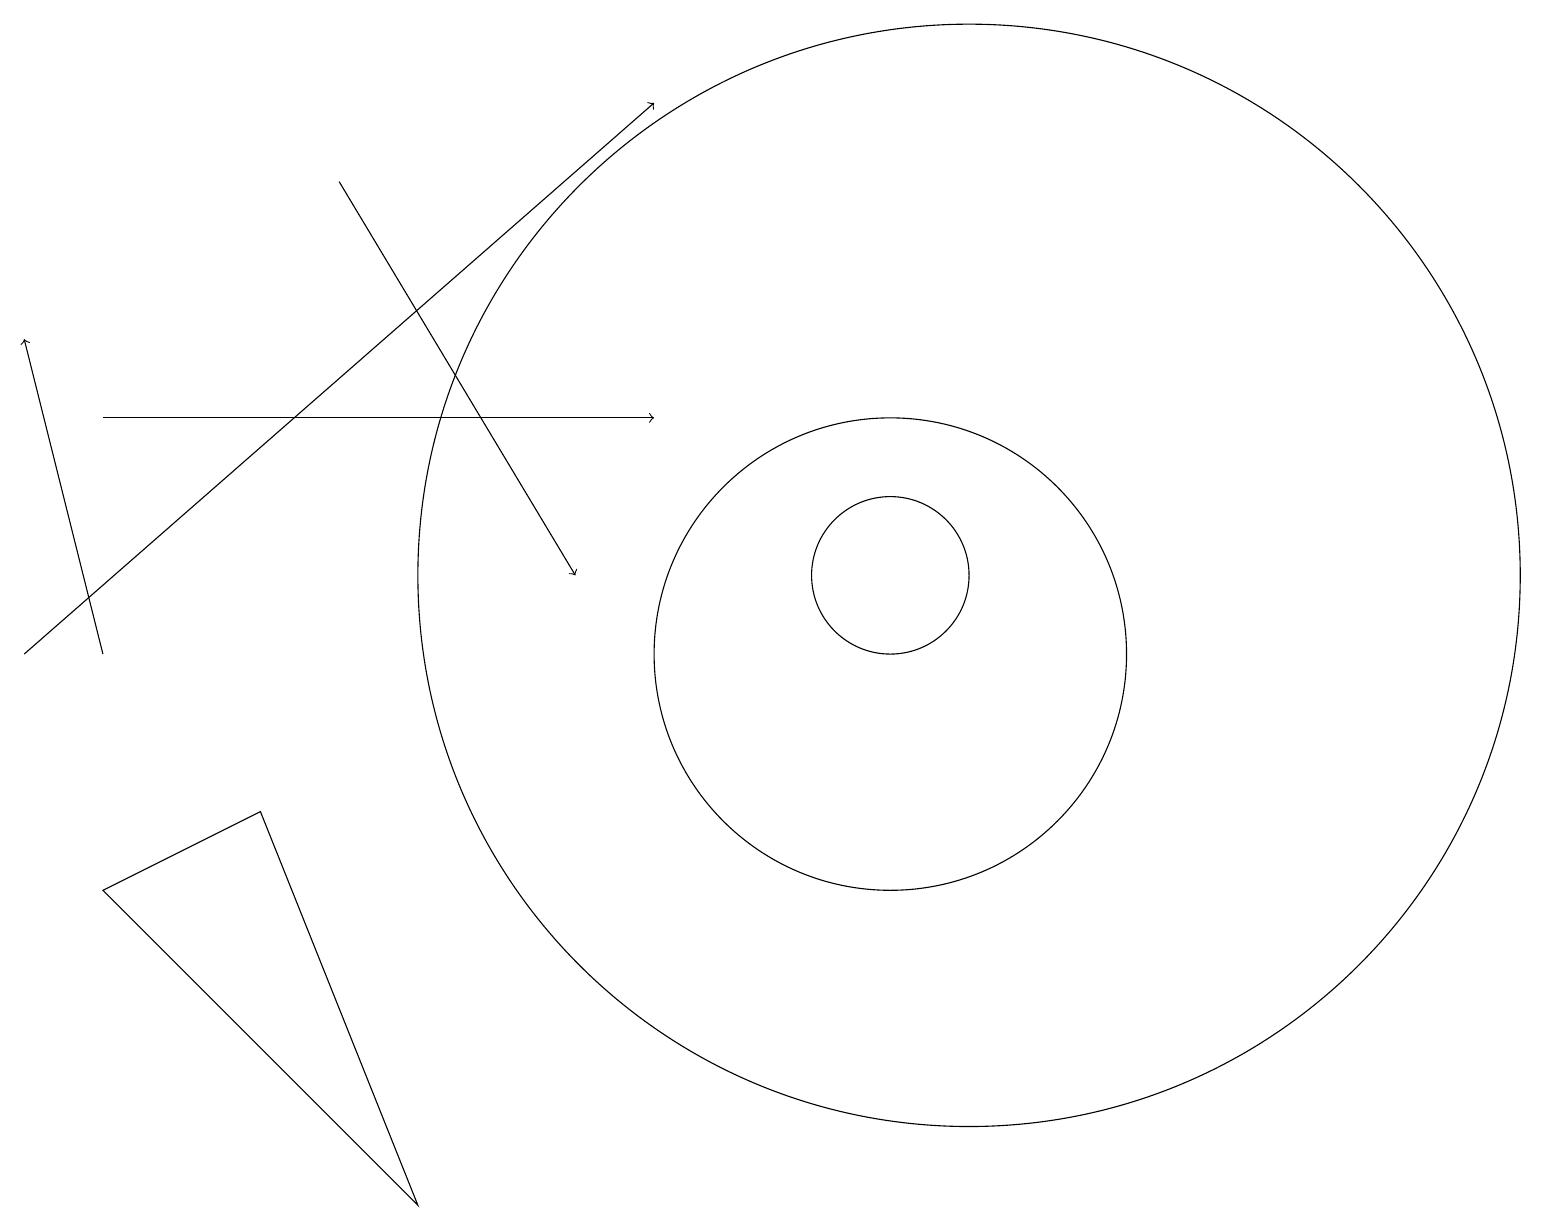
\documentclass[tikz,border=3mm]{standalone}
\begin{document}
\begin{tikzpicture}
\draw (12,11) circle (7);
\draw[->] (1,13) -- (8,13);
\draw[->] (0,10) -- (8,17);
\draw[->] (4,16) -- (7,11);
\draw[->] (1,10) -- (0,14);
\draw (3,8) -- (5,3) -- (1,7) -- cycle;
\draw (11,10) circle (3);
\draw (11,11) circle (1);
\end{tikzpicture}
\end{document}